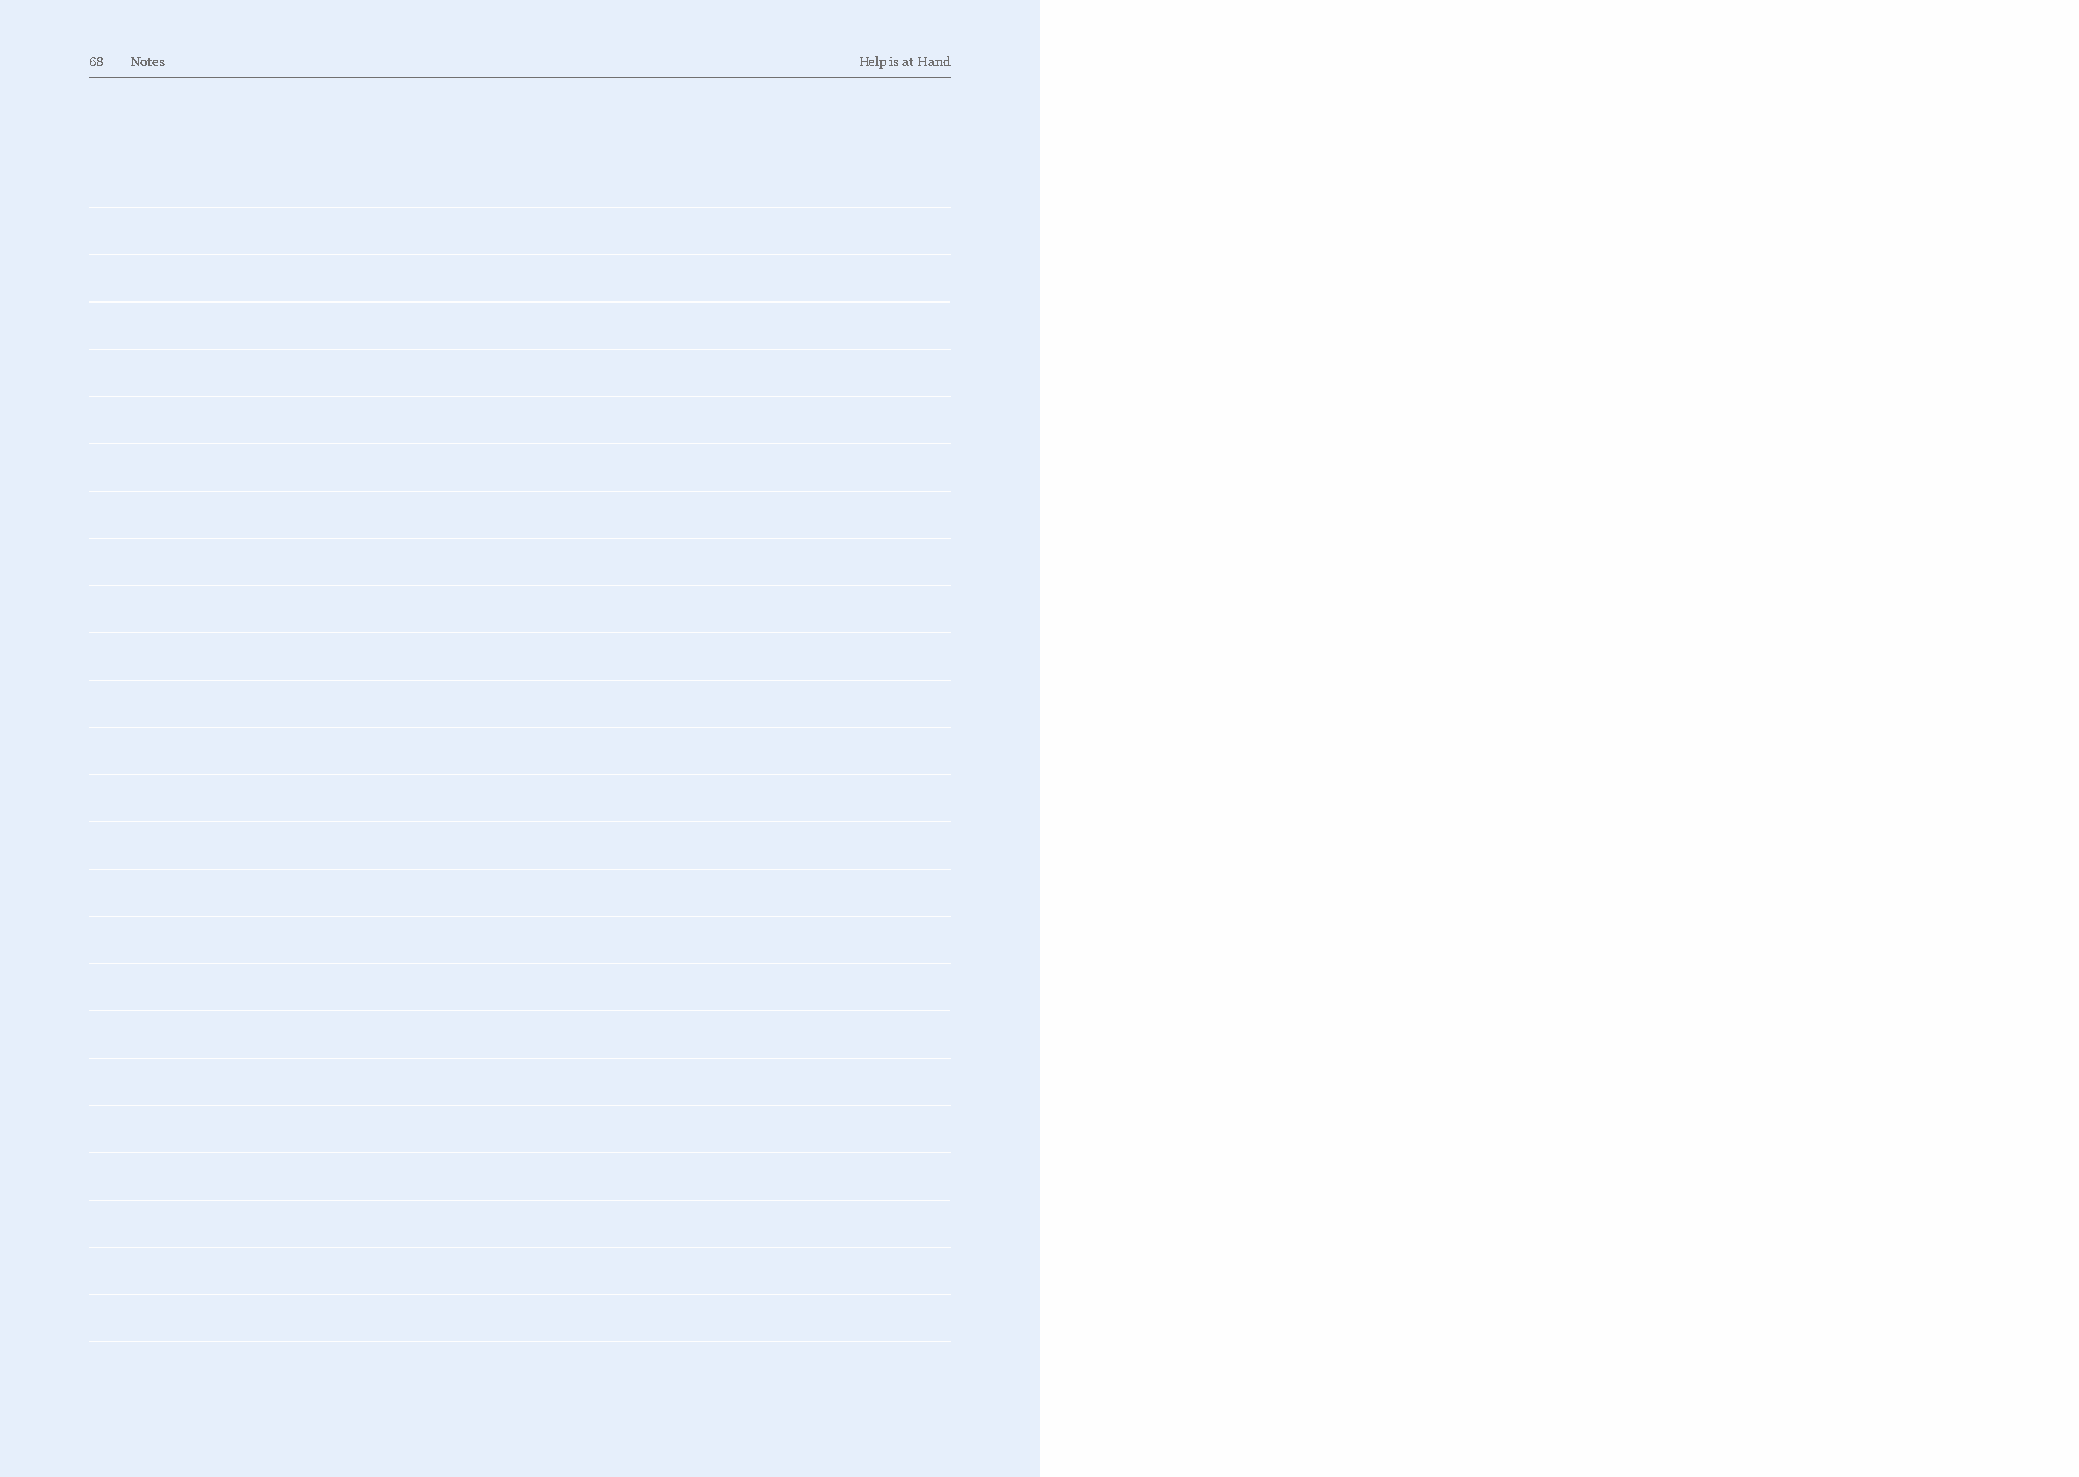
68 Notes                                           Help is at Hand